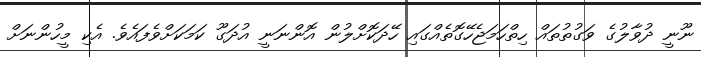
ނޫނީ ދުވާލުގެ ވަގުތުތައް ހިތްހަމަޖެހޭގޮތެއްގައި ހޭދަކޮށްލުން އޮންނަނީ އުދަގޫ ކަމަކަށްވެފައެވެ. އެކި މީހުންނަށް